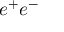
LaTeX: e ^ { + } e ^ { - }